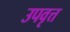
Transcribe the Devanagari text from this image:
उपवृत्त